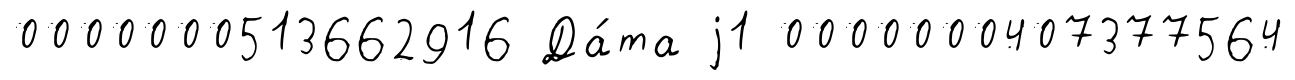
0000000513662916 Да́та j1 0000000407377564